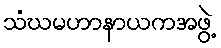
သံဃမဟာနာယကအဖွဲ့